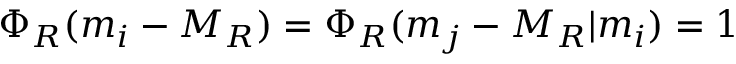
\Phi _ { R } ( m _ { i } - M _ { R } ) = \Phi _ { R } ( m _ { j } - M _ { R } \vert m _ { i } ) = 1